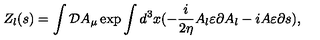
Z _ { l } ( s ) = \int { \cal D } A _ { \mu } \exp \int d ^ { 3 } x ( - \frac i { 2 \eta } A _ { l } \varepsilon \partial A _ { l } - i A \varepsilon \partial s ) ,